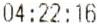
04:22:16